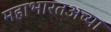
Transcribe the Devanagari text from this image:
महाभारतअच्या